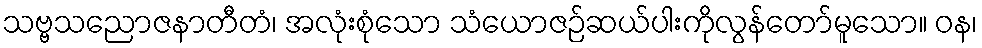
သဗ္ဗသညောဇနာတီတံ၊ အလုံးစုံသော သံယောဇဉ်ဆယ်ပါးကိုလွန်တော်မူသော။ ဝန၊